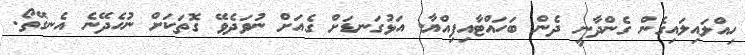
ހިއްލައިލައިގެން ގެންދާނީ ދެން ބަހައްޓާއިފިއްޔާ. އަޅުގަނޑަށް ގެއަށް ނުވަދެވޭ ގޮތަކަށް ނުހެދޭނެ އެނގޭތޯ.